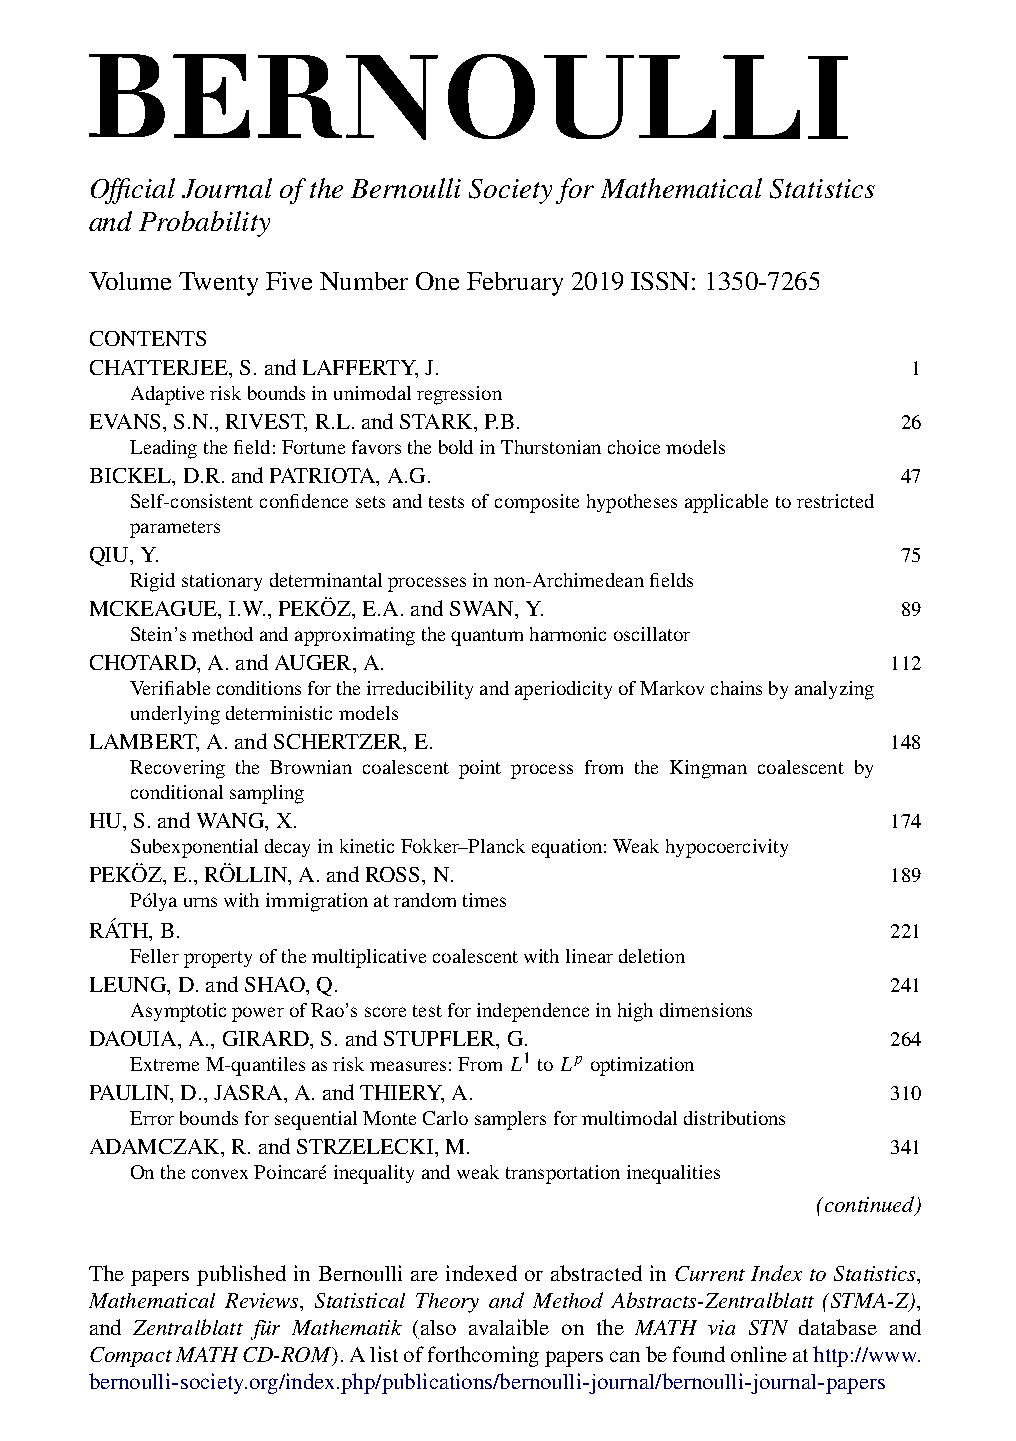
Official Journal of the Bernoulli Society for Mathematical Statistics
 and Probability
 Volume Twenty Five Number One February 2019 ISSN: 1350-7265
 CONTENTS
 CHATTERJEE,S.andLAFFERTY,J.                           1
 Adaptiveriskboundsinunimodalregression
 EVANS,S.N.,RIVEST,R.L.andSTARK,P.B.                   26
 Leadingthefield:FortunefavorstheboldinThurstonianchoicemodels
 BICKEL,D.R.andPATRIOTA,A.G.                           47
 Self-consistentconfidencesetsandtestsofcompositehypothesesapplicabletorestricted
 parameters
 QIU,Y.                                                75
 Rigidstationarydeterminantalprocessesinnon-Archimedeanfields
 MCKEAGUE,I.W.,PEKÖZ,E.A.andSWAN,Y.                    89
 Stein’smethodandapproximatingthequantumharmonicoscillator
 CHOTARD,A.andAUGER,A.                                112
 VerifiableconditionsfortheirreducibilityandaperiodicityofMarkovchainsbyanalyzing
 underlyingdeterministicmodels
 LAMBERT,A.andSCHERTZER,E.                            148
 Recovering the Brownian coalescent point process from the Kingman coalescent by
 conditionalsampling
 HU,S.andWANG,X.                                      174
 SubexponentialdecayinkineticFokker–Planckequation:Weakhypocoercivity
 PEKÖZ,E.,RÖLLIN,A.andROSS,N.                         189
 Pólyaurnswithimmigrationatrandomtimes
 RÁTH,B.                                              221
 Fellerpropertyofthemultiplicativecoalescentwithlineardeletion
 LEUNG,D.andSHAO,Q.                                   241
 AsymptoticpowerofRao’sscoretestforindependenceinhighdimensions
 DAOUIA,A.,GIRARD,S.andSTUPFLER,G.                    264
 ExtremeM-quantilesasriskmeasures:FromL1 toLp optimization
 PAULIN,D.,JASRA,A.andTHIERY,A.                       310
 ErrorboundsforsequentialMonteCarlosamplersformultimodaldistributions
 ADAMCZAK,R.andSTRZELECKI,M.                          341
 OntheconvexPoincaréinequalityandweaktransportationinequalities
 (continued)
 The papers published in Bernoulli are indexed or abstracted in Current Index to Statistics,
 Mathematical Reviews, Statistical Theory and Method Abstracts-Zentralblatt (STMA-Z),
 and Zentralblatt für Mathematik (also avalaible on the MATH via STN database and
 CompactMATHCD-ROM).Alistofforthcomingpaperscanbefoundonlineathttp://www.
 bernoulli-society.org/index.php/publications/bernoulli-journal/bernoulli-journal-papers